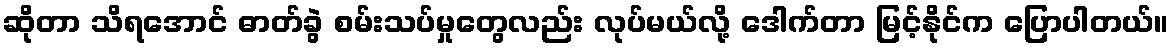
ဆိုတာ သိရအောင် ဓာတ်ခွဲ စမ်းသပ်မှုတွေလည်း လုပ်မယ်လို့ ဒေါက်တာ မြင့်နိုင်က ပြောပါတယ်။